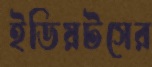
ইডিয়টসের